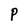
Character: P